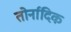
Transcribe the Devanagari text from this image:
तोर्नादिक